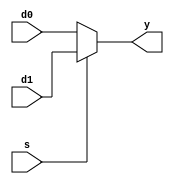
`timescale 1ns / 1ps
//////////////////////////////////////////////////////////////////////////////////
// Company: 
// Engineer: 
// 
// Design Name: 
// Module Name: mux2
// Project Name: 
// Target Devices: 
// Tool Versions: 
// Description: 
// 
// Dependencies: 
// 
// Revision:
// Revision 0.01 - File Created
// Additional Comments:
// 
//////////////////////////////////////////////////////////////////////////////////

module mux2 #(parameter WIDTH = 32)
             (input [WIDTH-1:0] d0, d1,
              input s,
              output [WIDTH-1:0] y);
     assign y = s ? d1 : d0;
endmodule